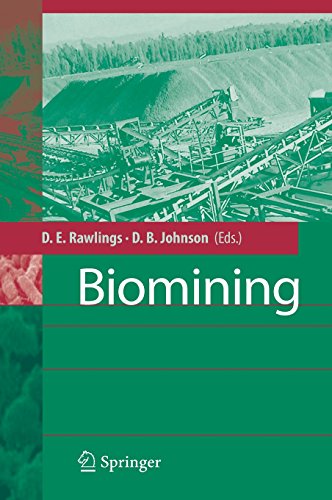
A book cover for Biomining; Science & Math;